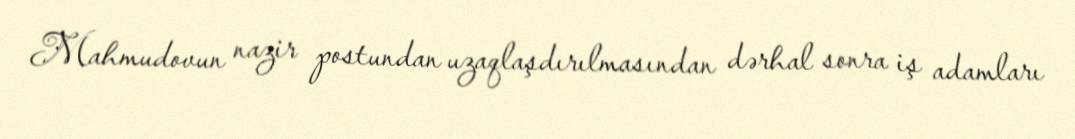
Mahmudovun nazir postundan uzaqlaşdırılmasından dərhal sonra iş adamları